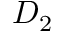
D _ { 2 }